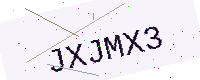
Text: JXJMX3